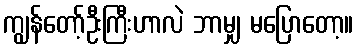
ကျွန်တော့်ဦးကြီးဟာလဲ ဘာမျှ မပြောတော့။